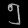
Digit: ၅